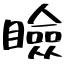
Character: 瞼